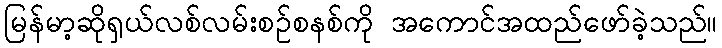
မြန်မာ့ဆိုရှယ်လစ်လမ်းစဉ်စနစ်ကို အကောင်အထည်ဖော်ခဲ့သည်။